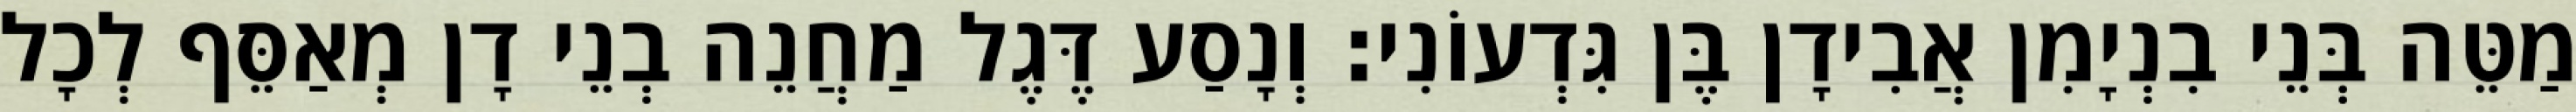
מַטֵּה בְּנֵי בִנְיָמִן אֲבִידָן בֶּן גִּדְעוֹנִי׃ וְנָסַע דֶּגֶל מַחֲנֵה בְנֵי דָן מְאַסֵּף לְכָל